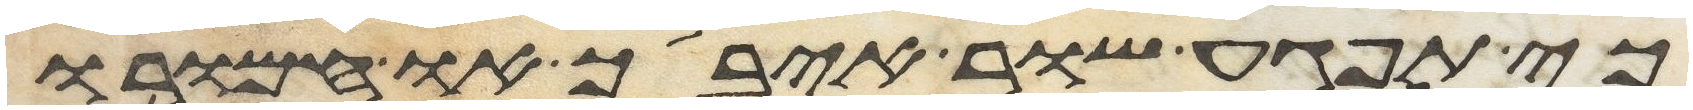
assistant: כי תפגע שור איבך או חמורו